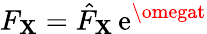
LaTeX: F_{\mathbf{X}}=\hat{{F}}_{\mathbf{X}}\, \mathrm{{e}}^{\omegat}